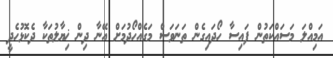
އަމިއްލަ މަސައްކަތުން ފައިސާ ހޯދައިގެން ތަނަވަސް މަގެއްހޯދުމަށް އޭނާ ދިން ޚިޔާލުތަކާ ދެކޮޅުހެދީ